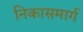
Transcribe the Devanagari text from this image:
निकासमार्ग